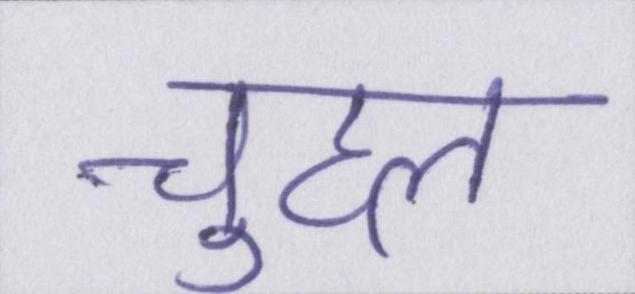
चुहल